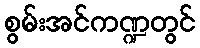
စွမ်းအင်ကဏ္ဍတွင်